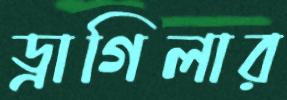
ড্রাগিলার